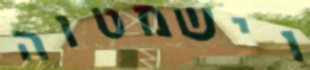
וישמטוה